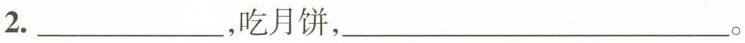
2.___，吃月饼，___。